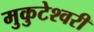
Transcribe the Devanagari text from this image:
मुकुटेश्वरी